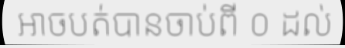
អាចបត់បានចាប់ពី ០ ដល់